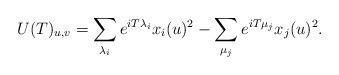
LaTeX: \begin{align*}U(T)_{u,v} = \sum_{\lambda_i}e^{iT\lambda_i}x_i(u)^2 - \sum_{\mu_j}e^{iT\mu_j}x_j(u)^2.\end{align*}